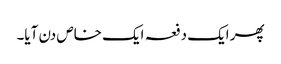
پھر ایک دفعہ ایک خاص دن آیا۔